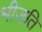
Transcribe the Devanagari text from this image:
भीजति